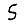
Digit: 5